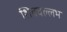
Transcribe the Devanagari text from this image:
शिववल्लभ